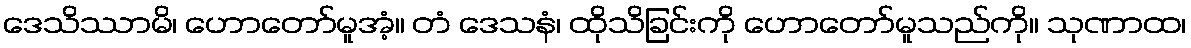
ဒေသိဿာမိ၊ ဟောတော်မူအံ့။ တံ ဒေသနံ၊ ထိုသိခြင်းကို ဟောတော်မူသည်ကို။ သုဏာထ၊